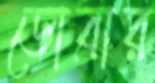
ডোবার